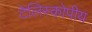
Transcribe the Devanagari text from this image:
टेलिस्कोपीय